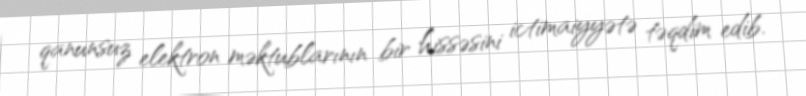
qanunsuz elektron məktublarının bir hissəsini ictimaiyyətə təqdim edib.